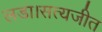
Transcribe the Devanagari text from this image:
लडा।सत्यजीत